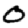
Digit: 0